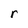
Character: r